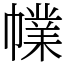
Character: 㡤